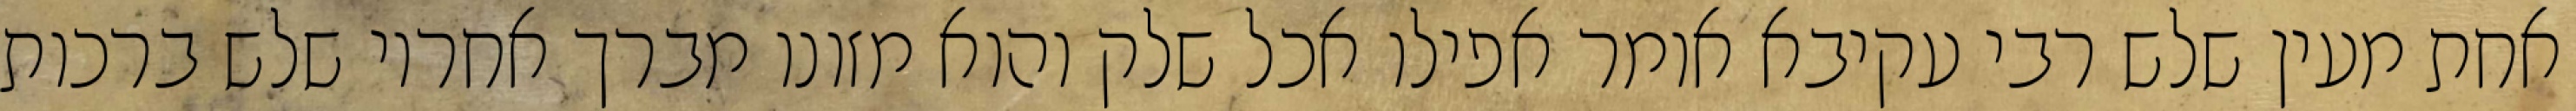
אחת מעין שלש רבי עקיבא אומר אפילו אכל שלק והוא מזונו מברך אחריו שלש ברכות